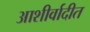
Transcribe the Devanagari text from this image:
आशीर्वादीत